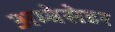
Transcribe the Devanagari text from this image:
अम्बेसेडर